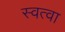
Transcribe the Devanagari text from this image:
स्वत्वा